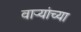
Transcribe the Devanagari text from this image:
वाऱ्यांच्या